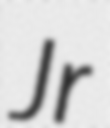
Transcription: Jr